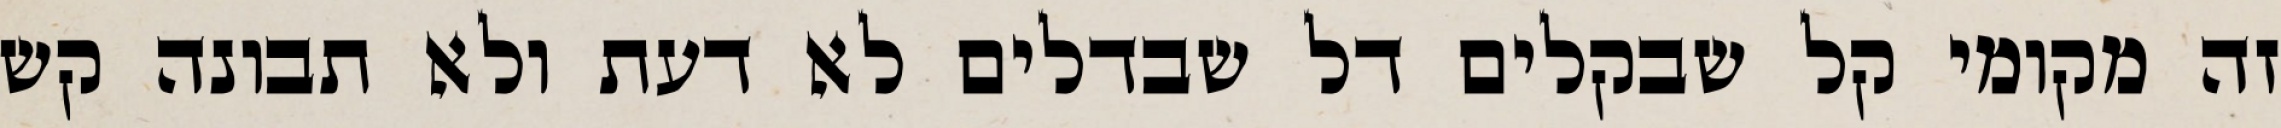
זה מקומי קל שבקלים דל שבדלים לא דעת ולא תבונה קש